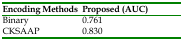
<table><thead><tr><td><b>Encoding Methods</b></td><td><b>Proposed (AUC)</b></td></tr></thead><tbody><tr><td>Binary</td><td>0.761</td></tr><tr><td>CKSAAP</td><td>0.830</td></tr></tbody></table>